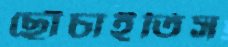
ছোঁচাইতিস